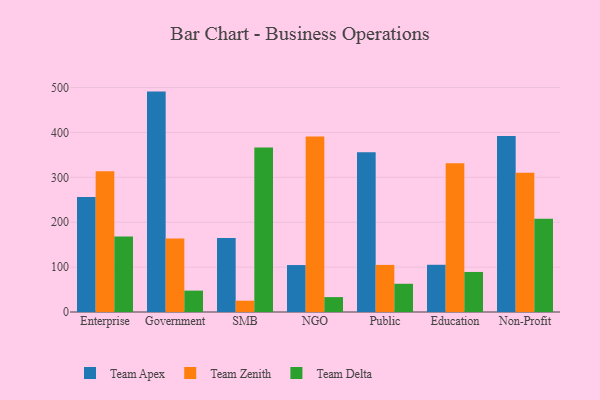
{"axis": {"x": "Segment", "y": "Backlog"}, "legend": ["Team Apex", "Team Delta", "Team Zenith"], "data": [{"x": "Enterprise", "y": 256.4, "type": "Team Apex"}, {"x": "Enterprise", "y": 313.4, "type": "Team Zenith"}, {"x": "Enterprise", "y": 168.0, "type": "Team Delta"}, {"x": "Government", "y": 491.0, "type": "Team Apex"}, {"x": "Government", "y": 163.7, "type": "Team Zenith"}, {"x": "Government", "y": 47.6, "type": "Team Delta"}, {"x": "SMB", "y": 164.9, "type": "Team Apex"}, {"x": "SMB", "y": 25.2, "type": "Team Zenith"}, {"x": "SMB", "y": 366.7, "type": "Team Delta"}, {"x": "NGO", "y": 104.6, "type": "Team Apex"}, {"x": "NGO", "y": 390.7, "type": "Team Zenith"}, {"x": "NGO", "y": 33.2, "type": "Team Delta"}, {"x": "Public", "y": 356.1, "type": "Team Apex"}, {"x": "Public", "y": 104.9, "type": "Team Zenith"}, {"x": "Public", "y": 62.9, "type": "Team Delta"}, {"x": "Education", "y": 105.2, "type": "Team Apex"}, {"x": "Education", "y": 331.3, "type": "Team Zenith"}, {"x": "Education", "y": 89.2, "type": "Team Delta"}, {"x": "Non-Profit", "y": 391.9, "type": "Team Apex"}, {"x": "Non-Profit", "y": 310.3, "type": "Team Zenith"}, {"x": "Non-Profit", "y": 207.8, "type": "Team Delta"}]}